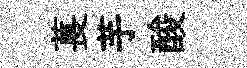
萇芋酸